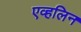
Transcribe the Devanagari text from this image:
एव्हलिन